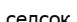
селсоқ